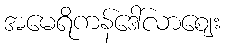
အမေရိကန်ဒေါ်လာဈေး